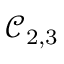
\mathcal { C } _ { 2 , 3 }